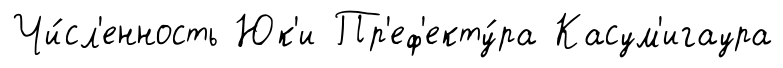
Чи́сл'енность Юк'и Пр'еф'екту́ра Касум'игаура